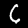
Digit: 6